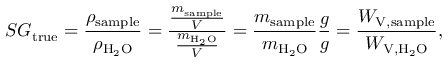
S G _ { \mathrm { t r u e } } = { \frac { \rho _ { \mathrm { s a m p l e } } } { \rho _ { \mathrm { H _ { 2 } O } } } } = { \frac { \frac { m _ { \mathrm { s a m p l e } } } { V } } { \frac { m _ { \mathrm { H _ { 2 } O } } } { V } } } = { \frac { m _ { \mathrm { s a m p l e } } } { m _ { \mathrm { H _ { 2 } O } } } } { \frac { g } { g } } = { \frac { W _ { \mathrm { V } , { \mathrm { s a m p l e } } } } { W _ { \mathrm { V } , \mathrm { H _ { 2 } O } } } } ,